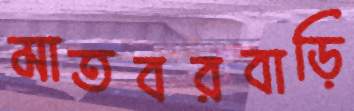
মাতবরবাড়ি